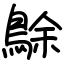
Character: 鵌